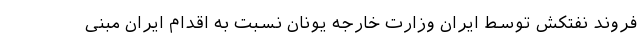
فروند نفتکش توسط ایران وزارت خارجه یونان نسبت به اقدام ایران مبنی